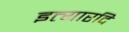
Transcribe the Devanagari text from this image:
इत्यारदि